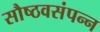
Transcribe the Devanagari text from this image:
सौष्ठवसंपन्न